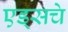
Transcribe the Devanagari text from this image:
एड्‌सचे